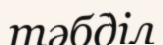
тәбділ